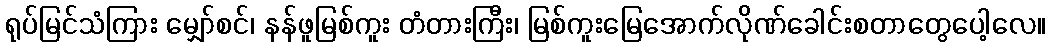
ရုပ်မြင်သံကြား မျှော်စင်၊ နန်ဖူမြစ်ကူး တံတားကြီး၊ မြစ်ကူးမြေအောက်လိုဏ်ခေါင်းစတာတွေပေါ့လေ။